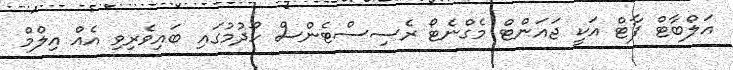
އަލްބާޓް ފާޓް އަކީ ޖައަންޓް މެގްނެޓޯ ރެސިސްޓެންސް ހޯދުމުގައި ބައިވެރިވި އެއް އިލްމް